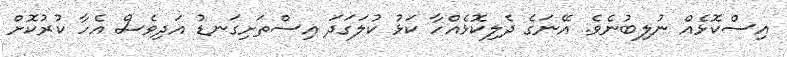
އިސްކޮޅެއް ނުލިބުނެވެ. އޭނަގެ ދެލިކޮޅެއްހާ ކަޅު ކުލަގަދަ އިސްތަށިގަނޑު އަދިވެސް އެހާ ކުރުކޮށް